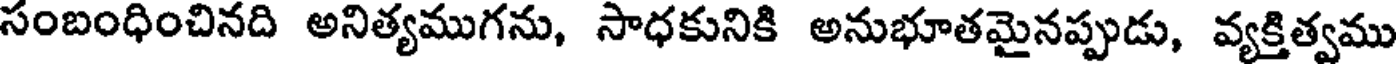
సంబంధించినది అనిత్యముగను, సాధకునికి అనుభూతమైనప్పుడు, వ్యక్తిత్వము